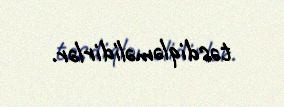
təsdiqləməlidirlər.